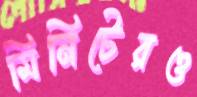
মিনিটেরও